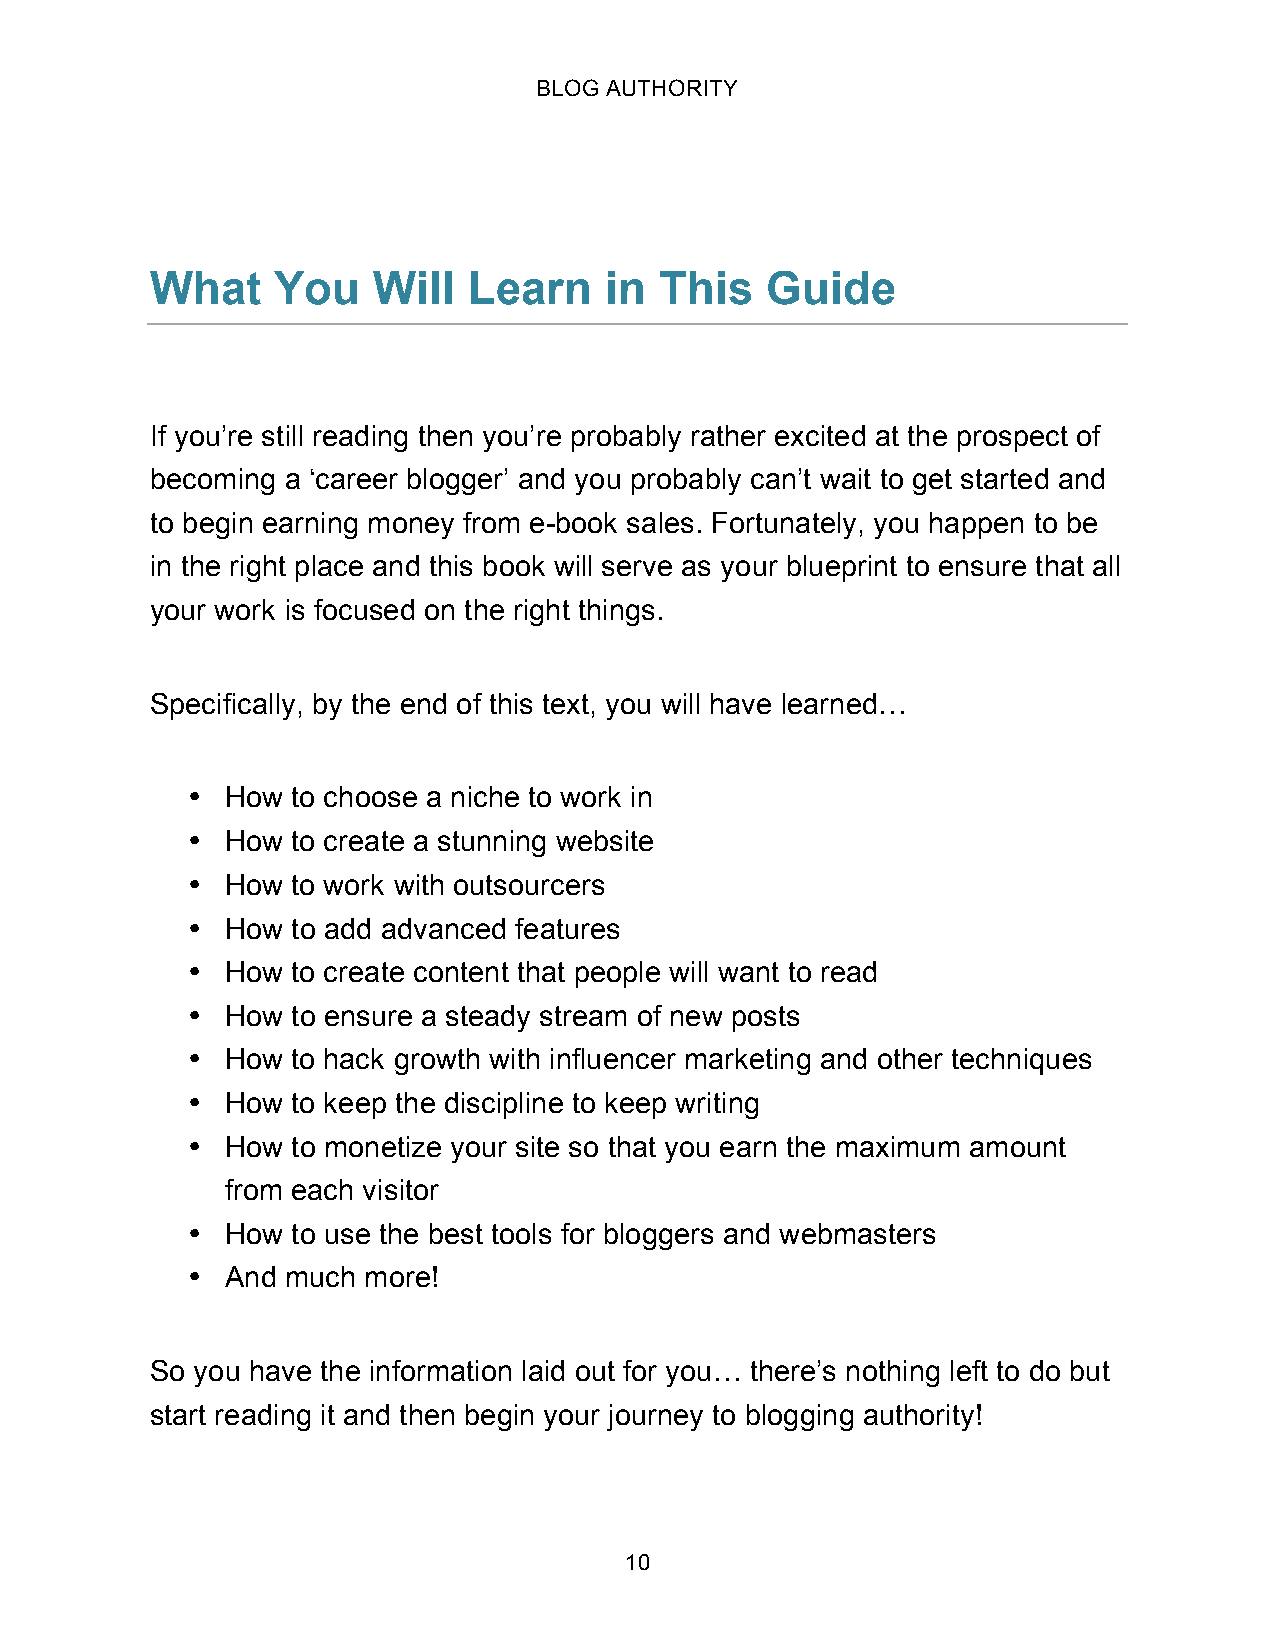
BLOG AUTHORITY
 What    You    Will  Learn    in  This   Guide
 If you’re still reading then you’re probably rather excited at the prospect of
 becoming a ‘career blogger’ and you probably can’t wait to get started and
 to begin earning money from e-book sales. Fortunately, you happen to be
 in the right place and this book will serve as your blueprint to ensure that all
 your work is focused on the right things.
 Specifically, by the end of this text, you will have learned…
 •  How to choose a niche to work in
 •  How to create a stunning website
 •  How to work with outsourcers
 •  How to add advanced features
 •  How to create content that people will want to read
 •  How to ensure a steady stream of new posts
 •  How to hack growth with influencer marketing and other techniques
 •  How to keep the discipline to keep writing
 •  How to monetize your site so that you earn the maximum amount
 from each visitor
 •  How to use the best tools for bloggers and webmasters
 •  And much more!
 So you have the information laid out for you… there’s nothing left to do but
 start reading it and then begin your journey to blogging authority!
 10